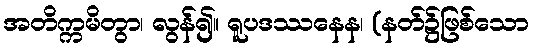
အတိက္ကမိတွာ၊ လွန်၍။ ရူပဒဿနေန၊ (နတ်၌ဖြစ်သော